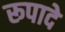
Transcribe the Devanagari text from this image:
रूपादे